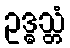
ဥဒ္ဓသ္တံ